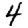
Digit: 4